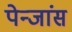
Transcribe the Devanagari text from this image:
पेन्जांस